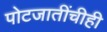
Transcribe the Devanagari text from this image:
पोटजातींचीही